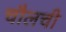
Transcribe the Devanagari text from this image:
चौलची